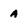
Character: A